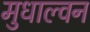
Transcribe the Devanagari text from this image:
मुधाल्वन